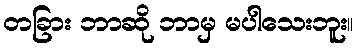
တခြား ဘာဆို ဘာမှ မပါသေးဘူး။